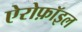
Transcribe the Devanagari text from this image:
ऐरोफ़ॉइल